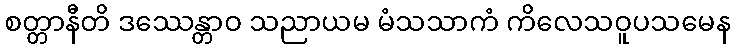
စတ္တာနီတိ ဒဿေန္တာဝ သညာယမ မံသသာကံ ကိလေသဝူပသမေန